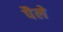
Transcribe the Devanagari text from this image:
पैले